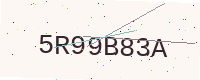
Text: 5R99B83A